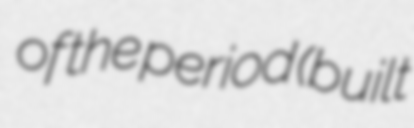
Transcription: of the period (built